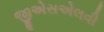
જીએસએલવી